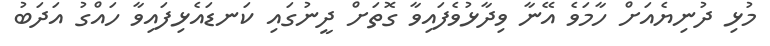
މުޅި ދުނިޔެއަށް ހާމަވެ އޭނާ ވިދާޅުވެފައިވާ ގޮތަށް ދީނުގައި ކަނޑައެޅިފައިވާ ހައްގު އަދަބު